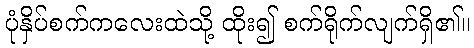
ပုံနှိပ်စက်ကလေးထဲသို့ ထိုး၍ စက်ရိုက်လျက်ရှိ၏။